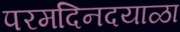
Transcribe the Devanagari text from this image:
परमदिनदयाळा